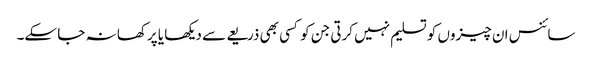
سائنس ان چیزوں کو تسلیم نہیں کرتی جن کو کسی بھی ذریعے سے دیکھا یا پرکھا نہ جا سکے۔